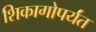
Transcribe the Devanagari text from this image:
शिकागोपर्यंत